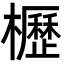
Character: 櫪